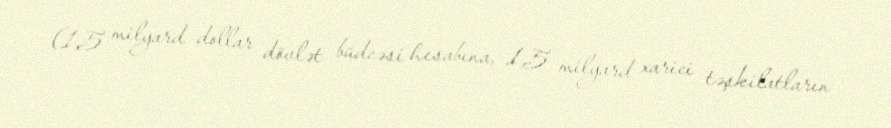
(1,5 milyard dollar dövlət büdcəsi hesabına, 1,5 milyard xarici təşkilatların